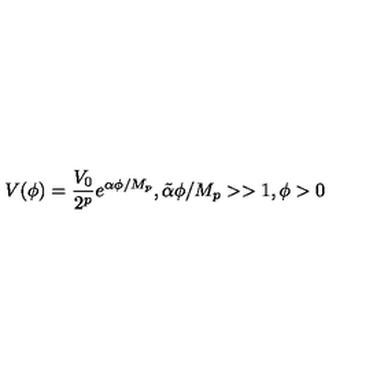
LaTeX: V ( \phi ) = { \frac { V _ { 0 } } { 2 ^ { p } } } e ^ { { \alpha } \phi / M _ { p } } , \tilde { \alpha } \phi / M _ { p } > > 1 , \phi > 0